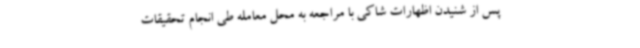
پس از شنیدن اظهارات شاکی با مراجعه به محل معامله طی انجام تحقیقات